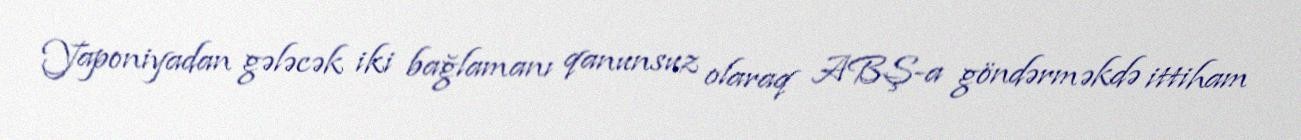
Yaponiyadan gələcək iki bağlamanı qanunsuz olaraq ABŞ-a göndərməkdə ittiham